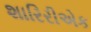
શારિરીએક